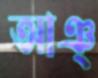
আঞ্